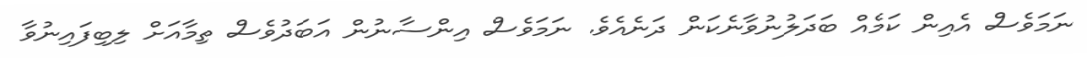
ނަމަވެސް އެއިން ކަމެއް ބަދަލުނުވާނެކަން ދަނެއެވެ. ނަމަވެސް އިންސާނުން އަބަދުވެސް ތިމާއަށް ލިބިފައިނުވާ